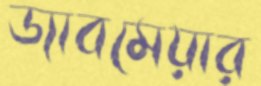
ড্যাবমেয়ার